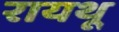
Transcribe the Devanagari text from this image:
रायथू